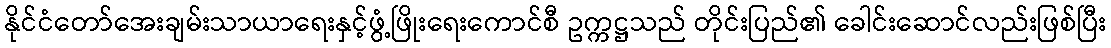
နိုင်ငံတော်အေးချမ်းသာယာရေးနှင့်ဖွံ့ဖြိုးရေးကောင်စီ ဥက္ကဋ္ဌသည် တိုင်းပြည်၏ ခေါင်းဆောင်လည်းဖြစ်ပြီး